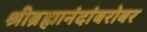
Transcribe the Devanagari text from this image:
श्रीब्रह्मानंदांबरोबर